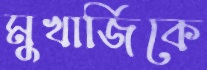
মুখার্জিকে